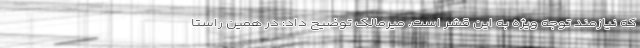
که نیازمند توجه ویژه به این قشر است. میرمالک توضیح داد: در همین راستا